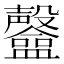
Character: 𥃟